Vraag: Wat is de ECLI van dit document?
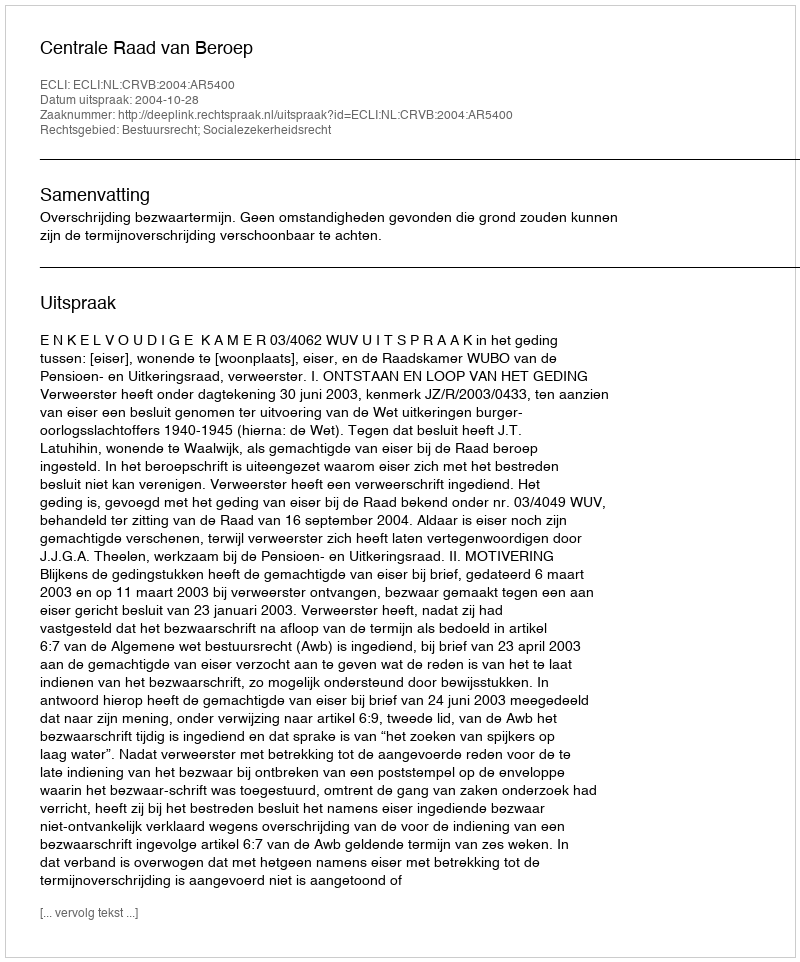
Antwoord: ECLI:NL:CRVB:2004:AR5400